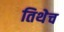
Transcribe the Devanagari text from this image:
तिथेेच